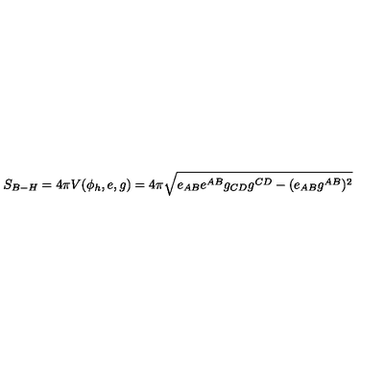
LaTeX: S _ { B - H } = 4 \pi V ( \phi _ { h } , e , g ) = 4 \pi \sqrt { e _ { A B } e ^ { A B } g _ { C D } g ^ { C D } - ( e _ { A B } g ^ { A B } ) ^ { 2 } }